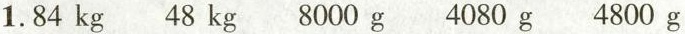
1.84 kg 48 kg 8000 g 4080 g 4800 g